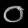
Digit: ၀